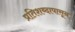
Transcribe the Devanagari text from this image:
प्रतिशब्दापासून